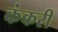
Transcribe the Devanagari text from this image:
कंकरी